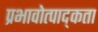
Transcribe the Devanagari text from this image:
प्रभावोत्पाद्कता